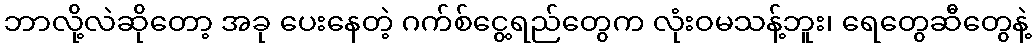
ဘာလို့လဲဆိုတော့ အခု ပေးနေတဲ့ ဂက်စ်ငွေ့ရည်တွေက လုံးဝမသန့်ဘူး၊ ရေတွေဆီတွေနဲ့